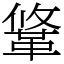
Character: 䩦